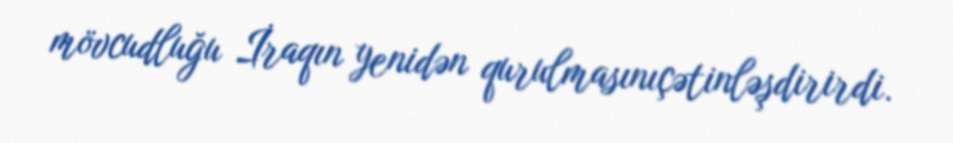
mövcudluğu İraqın yenidən qurulmasınıçətinləşdirirdi.